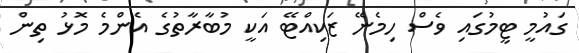
ގައުމީ ޓީމުގައި ވެސް ހިމެނޭ ޒަކިއްޓޭ އަކީ މުބާރާތުގެ އެންމެ މޮޅު ތިން